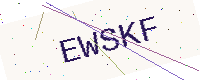
Text: EWSKF